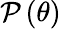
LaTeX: {\cal P}\left(\theta\right)